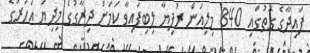
ފައިދާގެ ގޮތުގައި 840 މިލިއަން ރުފިޔާ ލިބިފައިވާ ކަމަށް ދިރާގުގެ މިދިޔަ އަހަރުގެ